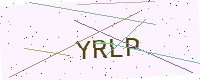
Text: YRLP